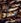
ما